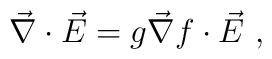
\vec{\nabla}\cdot \vec{E}=g\vec{\nabla}f\cdot \vec{E}\ ,